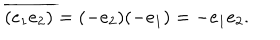
LaTeX: \overline { { { ( e _ { 1 } e _ { 2 } ) } } } = ( - e _ { 2 } ) ( - e _ { 1 } ) = - e _ { 1 } e _ { 2 } .